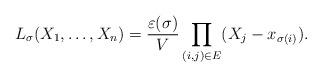
LaTeX: \begin{align*}L_\sigma(X_1,\dots,X_n)=\frac{\varepsilon(\sigma)}{V}\prod_{(i,j)\in E} (X_j-x_{\sigma(i)}).\end{align*}